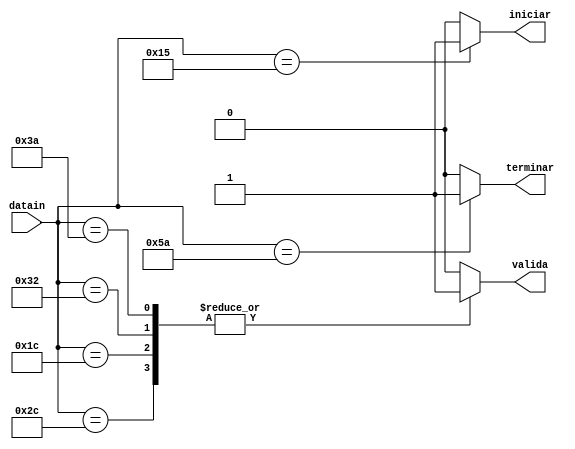
`timescale 1ns / 1ps
//////////////////////////////////////////////////////////////////////////////////
// Company: 
// Engineer: 
// 
// Design Name: 
// Module Name:    Validacion 
// Project Name: 
// Target Devices: 
// Tool versions: 
// Description: 
//
// Dependencies: 
//
// Revision: 
// Revision 0.01 - File Created
// Additional Comments: 
//
//////////////////////////////////////////////////////////////////////////////////
module Validacion(  input wire [7:0] datain, output reg valida,iniciar,terminar
    );
	 
	 
always@(datain)
	begin
							valida=1'b0;
							iniciar=1'b0;
							terminar=1'b0;
						
				case(datain)
				8'h2C://T
					begin valida=1'b1; end
			    8'h1C://A
					begin valida=1'b1; end
				 8'h32: //B
					begin valida=1'b1; end
				 8'h3A: //M
					begin valida=1'b1; end
				 8'h5A: //terminar=enter
					begin terminar=1'b1;
							valida=1'b0;
							end
				 8'h15: //iniciar=q
					begin iniciar=1'b1;	
							valida=1'b0; 
							end
		
				default: begin 
							valida=1'b0;
							iniciar=1'b0;
							terminar=1'b0;
							end
				endcase
		
	
	end


endmodule